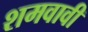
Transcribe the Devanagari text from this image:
शमवावी